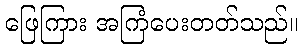
ဖြေကြား အကြံပေးတတ်သည်။